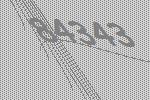
84343